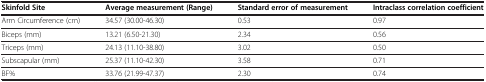
| Skinfold Site | Average measurement (Range) | Standard error of measurement | Intraclass correlation coefficient |
 | --- | --- | --- | --- |
 | Arm Circumference (cm) | 34.57 (30.00-46.30) | 0.53 | 0.97 |
 | Biceps (mm) | 13.21 (6.50-21.30) | 2.34 | 0.56 |
 | Triceps (mm) | 24.13 (11.10-38.80) | 3.02 | 0.50 |
 | Subscapular (mm) | 25.37 (11.10-42.30) | 3.58 | 0.71 |
 | BF% | 33.76 (21.99-47.37) | 2.30 | 0.74 |